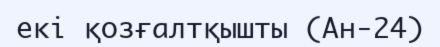
екі қозғалтқышты (Ан-24)